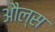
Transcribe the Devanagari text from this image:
औल्स